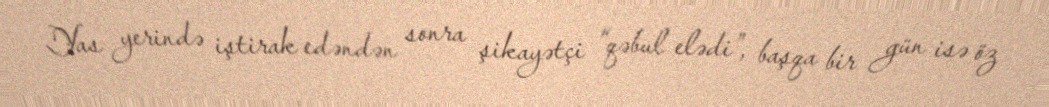
Yas yerində iştirak edəndən sonra şikayətçi “qəbul elədi”, başqa bir gün isə öz